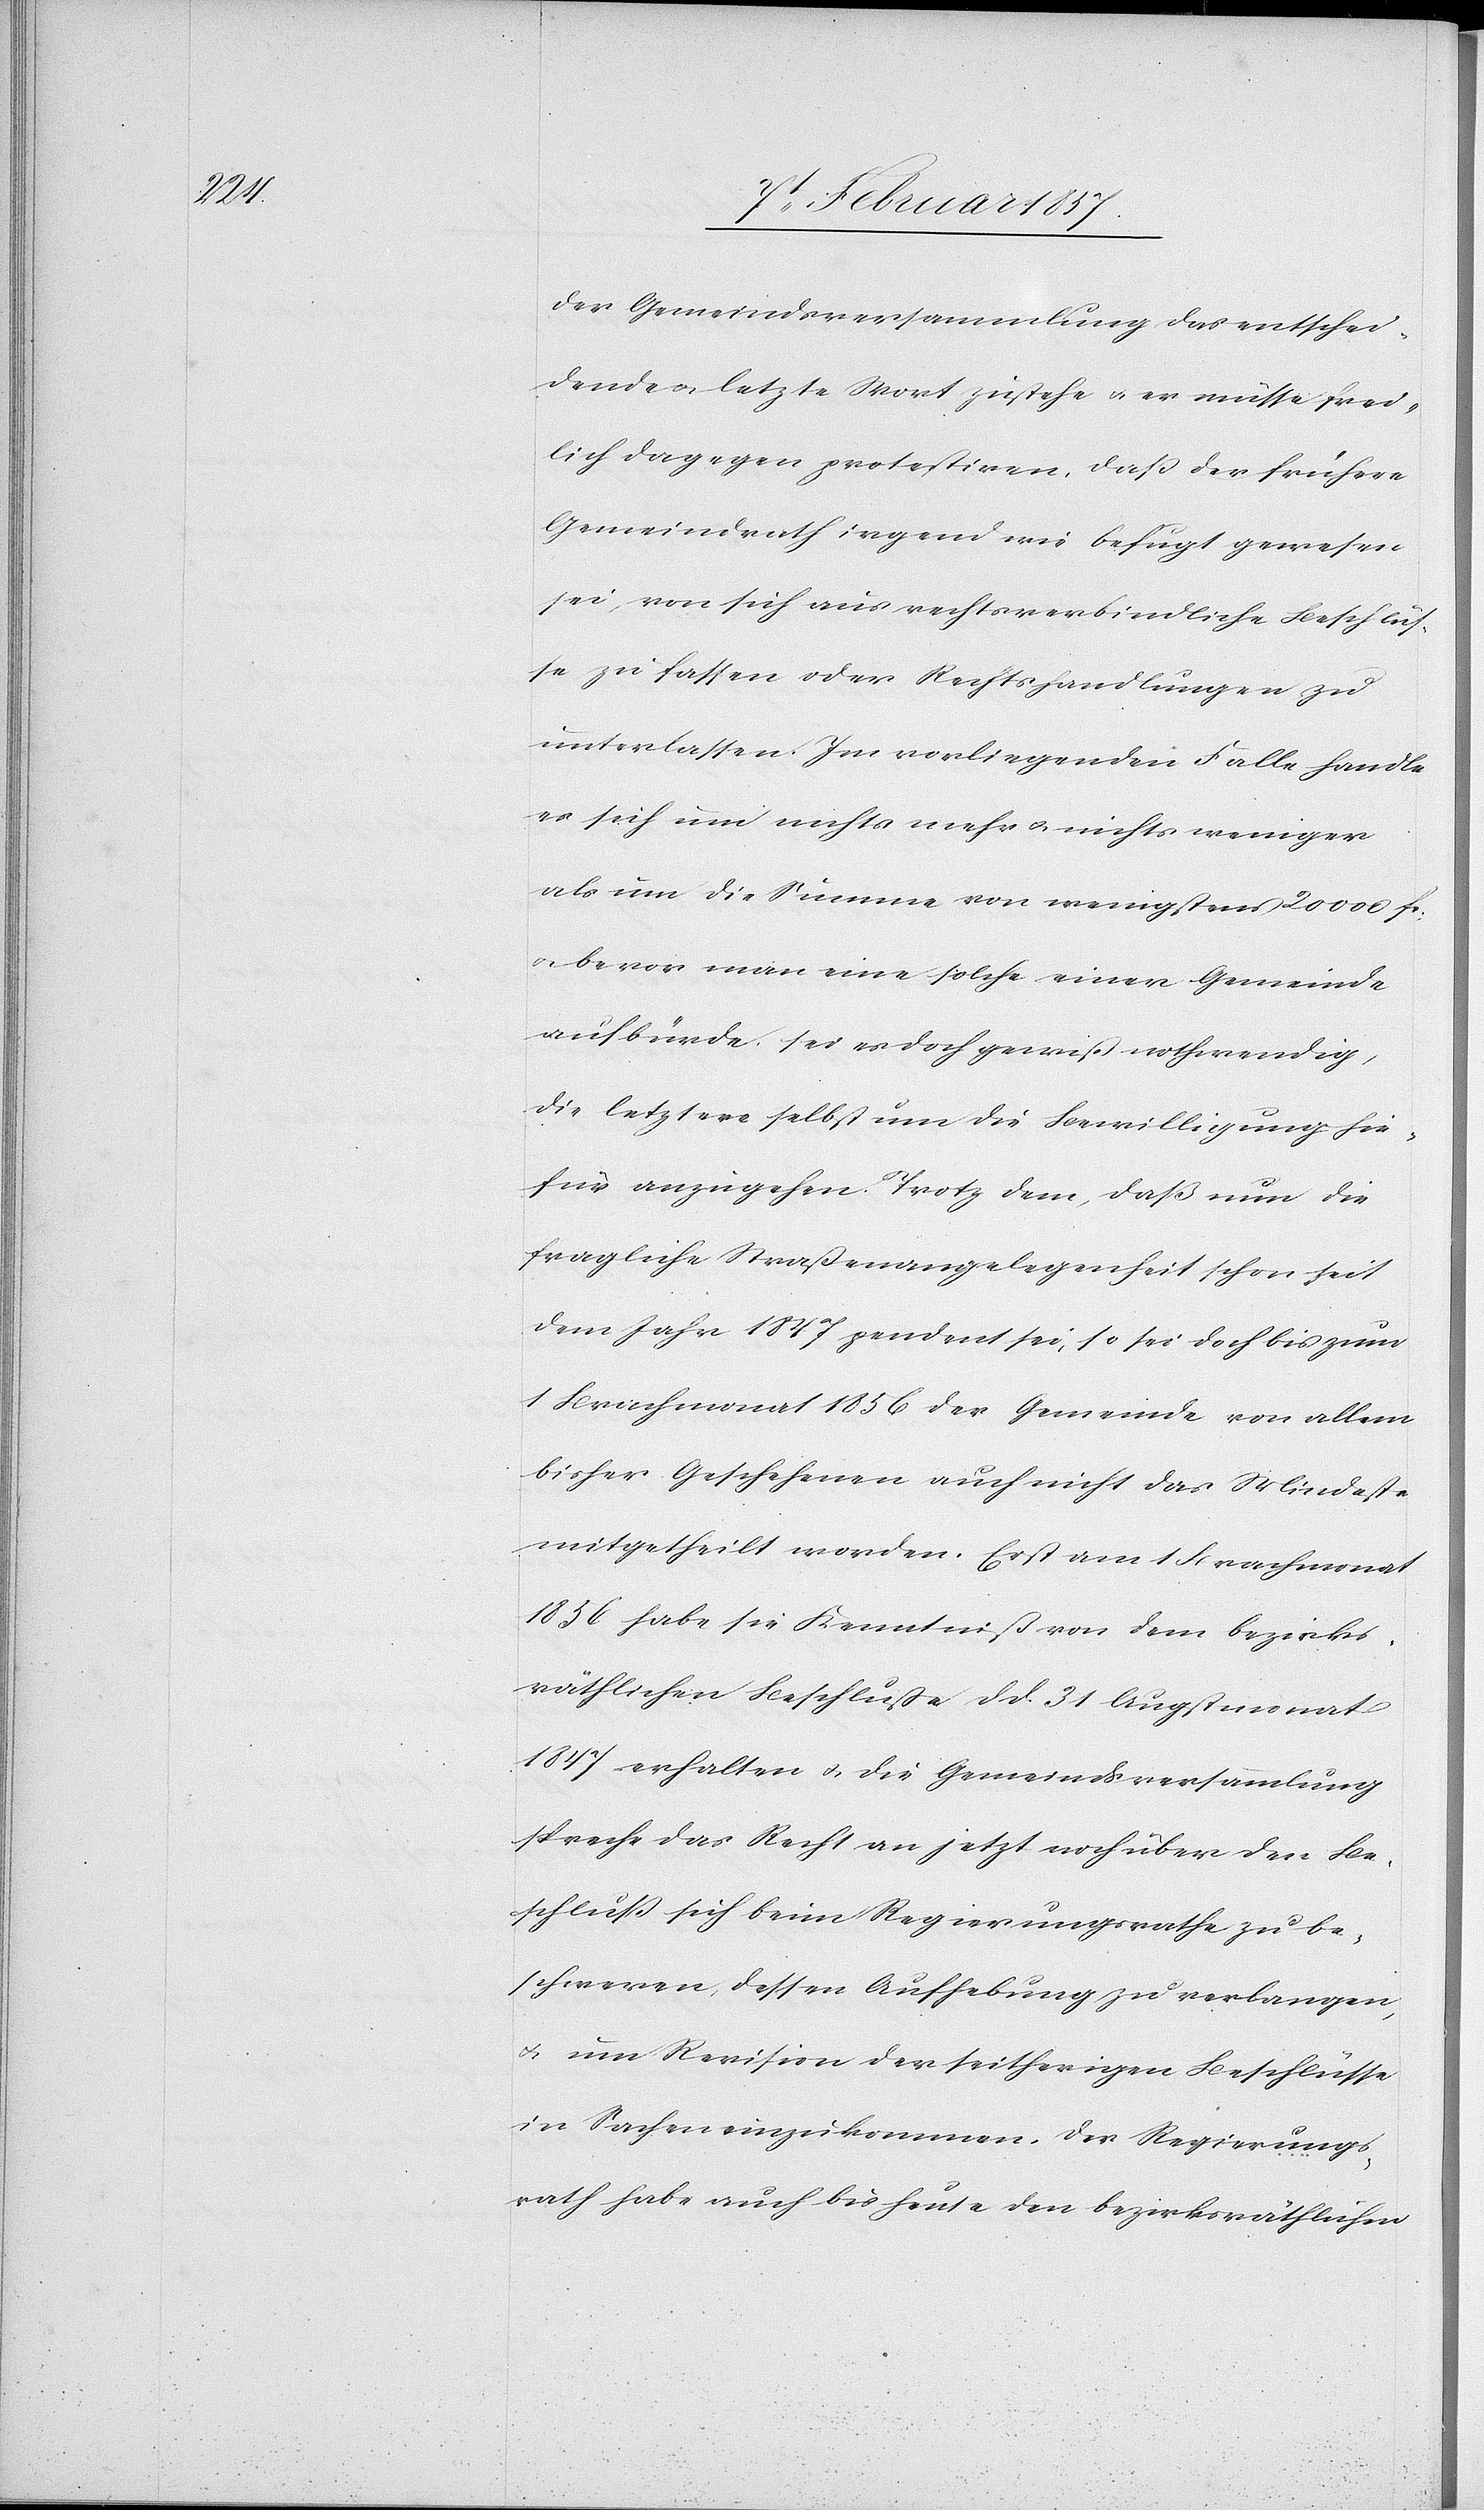
der Gemeindsversammlung das entschei¬
dende u. letzte Wort zustehe u. er müsse frei¬
lich dagegen protestiren, daß der frühere
Gemeindrath irgend wie befugt gewesen
sei, von sich aus rechtsverbindliche Beschlüs¬
se zu fassen oder Rechtshandlungen zu
unterlassen. Im vorliegenden Falle handle
es sich um nichts mehr u. nichts weniger
als um die Summe von wenigstens 20 000 fc.
u. bevor man eine solche einer Gemeinde
aufbürde, sei es doch gewiß nothwendig,
die letztere selbst um die Bewilligung hie¬
für anzugehen. Trotz dem, daß nun die
fragliche Straßenangelegenheit schon seit
dem Jahre 1847 pendent sei, so sei doch bis zum
1 Brachmonat 1856 der Gemeinde von allem
bisher Geschehenen auch nicht das Mindeste
mitgetheilt worden. Er ist am 1 Brachmonat
1856 habe sie Kenntniß von dem bezirks¬
räthlichen Beschluße d. d. 31 Augstmonat
1847 erhalten u. die Gemeindsversammlung
spreche das Recht an jetzt noch über den Be¬
schluß sich beim Regierungsrathe zu be¬
schweren, dessen Aufhebung zu verlangen,
u. um Revision der seitherigen Beschlüsse
in Sachen einzukommen. Der Regierungs¬
rath habe auch bis heute den bezirksräthlichen